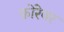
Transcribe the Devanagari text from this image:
फ़ोरेवर